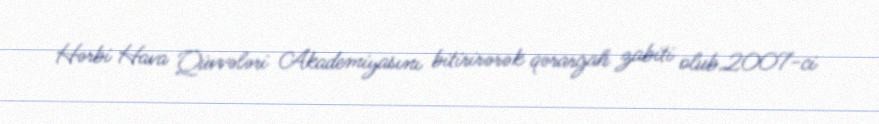
Hərbi Hava Qüvvələri Akademiyasını bitirirərək qərargah zabiti olub.2007-ci